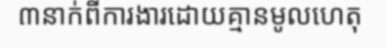
៣នាក់ពីការងារដោយគ្មានមូលហេតុ